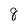
Character: 8